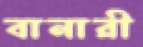
বানারী